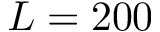
L = 2 0 0